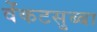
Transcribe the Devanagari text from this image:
वेंकटसुब्बा